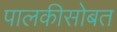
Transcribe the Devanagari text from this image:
पालकीसोबत